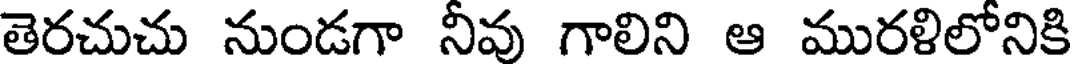
తెరచుచు నుండగా నీవు గాలిని ఆ మురళిలోనికి